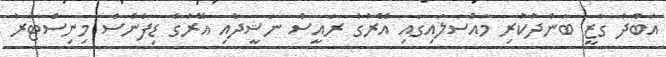
އަބްދު ގާޒީ ބަންދުކުރި މައްސަލައިގައި އޭރުގެ ރައީސް ނަޝީދާއި އޭރުގެ ޑިފެންސް މިނިސްޓަރު